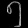
Digit: ၅